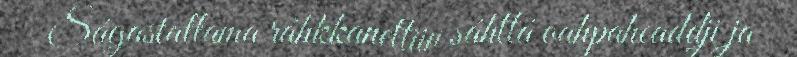
Ságastallama ráhkkanettiin sáhttá oahpaheaddji ja